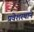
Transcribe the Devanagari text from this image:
प्रवेशस्थाने